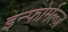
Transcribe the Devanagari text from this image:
इन्फोर्मल्ज़